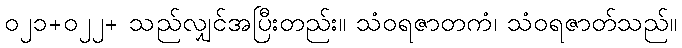
၀၂၁+၀၂၂+ သည်လျှင်အပြီးတည်း။ သံဝရဇာတကံ၊ သံဝရဇာတ်သည်။